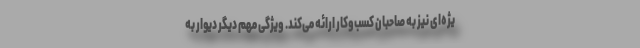
یژه‌ای نیز به صاحبان کسب‌وکار ارائه می‌کند. ویژگی مهم دیگر دیوار به